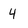
Character: 4